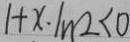
1 + x \cdot \ln 2 < 0